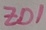
Text: ZD1